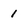
Character: 1